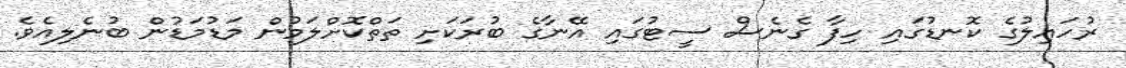
ރުހައިލުގެ ކޮނޑުގައި ހިފާ ގެނެސް ސީޓުގައި އޭނާގެ ބުރަކަށި ތަތްކޮށްލަމުން މަޑުމަޑުން ބުނެލިއެވެ.